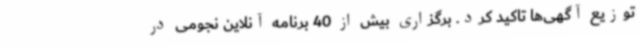
توزیع آگهی‌ها تاکید کرد. برگزاری بیش از 40 برنامه آنلاین نجومی در